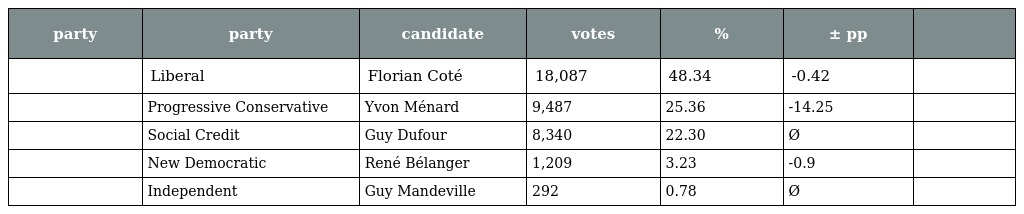
| party | party | candidate | votes | % | ± pp |  |
 | --- | --- | --- | --- | --- | --- | --- |
 |  | Liberal | Florian Coté | 18,087 | 48.34 | -0.42 |  |
 |  | Progressive Conservative | Yvon Ménard | 9,487 | 25.36 | -14.25 |  |
 |  | Social Credit | Guy Dufour | 8,340 | 22.30 | Ø |  |
 |  | New Democratic | René Bélanger | 1,209 | 3.23 | -0.9 |  |
 |  | Independent | Guy Mandeville | 292 | 0.78 | Ø |  |